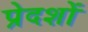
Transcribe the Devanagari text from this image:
प्रेदशों